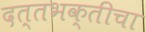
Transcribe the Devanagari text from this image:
दत्तभक्तीचा